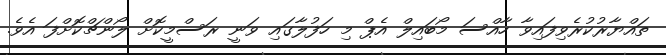
ތައްޔާރުކުރެވިފައިވާ ހާއްސަ މޯބައިލް އެޕް މި ހަފުލާގައި ވަނީ ރަސްމީކޮށް ލޯންޗްކޮށްފަ އެވެ.